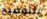
للتوضيح